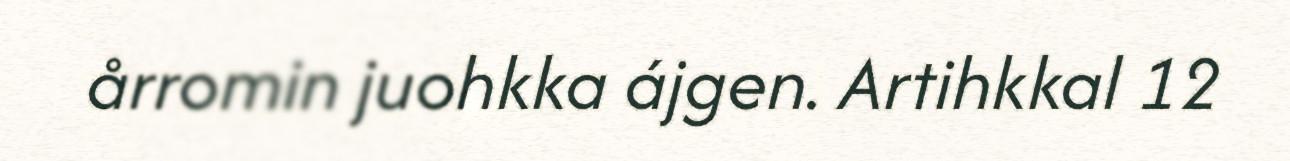
årromin juohkka ájgen. Artihkkal 12